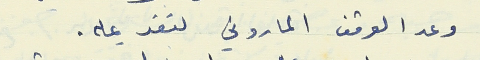
وعد الوقف الماروني لتقديمه.